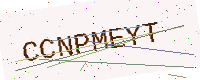
Text: CCNPMEYT